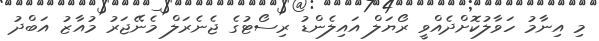
މި އިނާމު ހަވާލުކޮށްދެއްވީ ރޯޔަލް އައިލެންޑު ރިސޯޓުގެ ޖެނެރަލް މެނޭޖަރު މުއާޒު އަބްދު